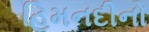
હિમનદીનો